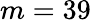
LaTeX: m=39